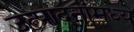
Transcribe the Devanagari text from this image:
उत्पादनांमध्‍ये